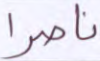
ناصرا